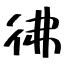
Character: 彿